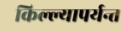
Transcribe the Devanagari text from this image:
किल्ल्यापर्यन्त